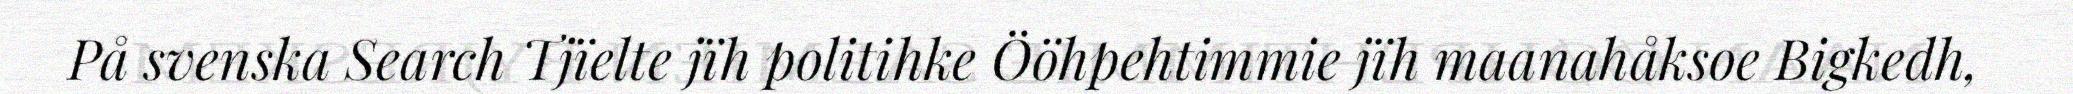
På svenska Search Tjïelte jïh politihke Ööhpehtimmie jïh maanahåksoe Bigkedh,